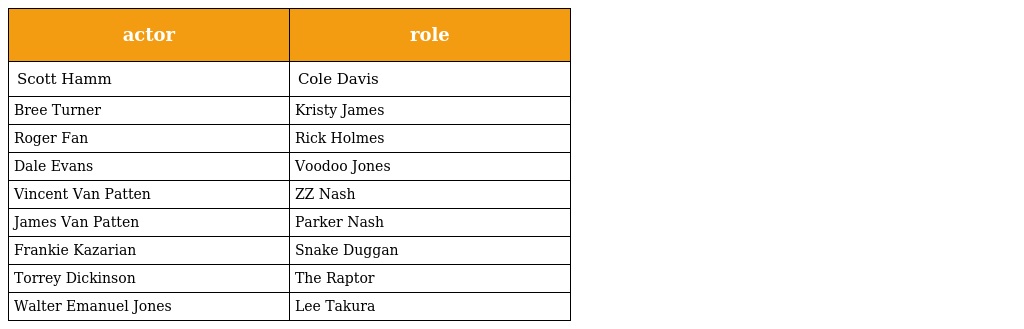
| actor | role |
 | --- | --- |
 | Scott Hamm | Cole Davis |
 | Bree Turner | Kristy James |
 | Roger Fan | Rick Holmes |
 | Dale Evans | Voodoo Jones |
 | Vincent Van Patten | ZZ Nash |
 | James Van Patten | Parker Nash |
 | Frankie Kazarian | Snake Duggan |
 | Torrey Dickinson | The Raptor |
 | Walter Emanuel Jones | Lee Takura |